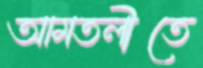
আমতলীতে